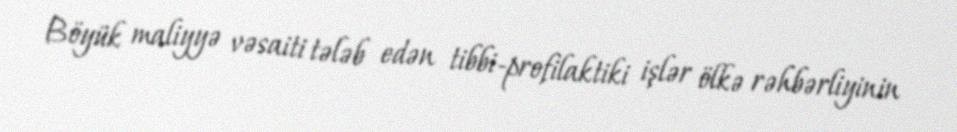
Böyük maliyyə vəsaiti tələb edən tibbi-profilaktiki işlər ölkə rəhbərliyinin